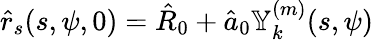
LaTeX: \hat{r}_{s}(s,\psi,0)=\hat{R}_{0}+\hat{a}_{0}\mathbb{Y}_{k}^{(m)}(s,\psi)